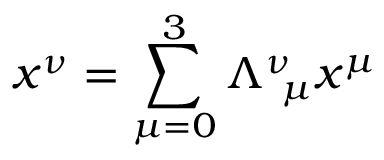
x ^ { \nu } = \sum _ { \mu = 0 } ^ { 3 } \Lambda _ { \ \mu } ^ { \nu } x ^ { \mu }